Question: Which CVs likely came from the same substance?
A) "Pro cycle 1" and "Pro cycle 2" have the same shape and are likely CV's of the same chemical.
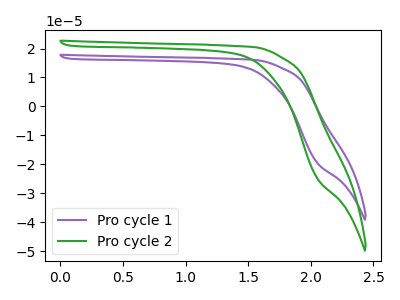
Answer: <think>The purple curve "Pro cycle 1" has no peaks. The green curve "Pro cycle 2" has no peaks.
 Neither "Pro cycle 1" or "Pro cycle 2" have any peaks.</think>
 <answer>A) "Pro cycle 1" and "Pro cycle 2" have the same shape and are likely CV's of the same chemical.</answer>
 <eval>A</eval>